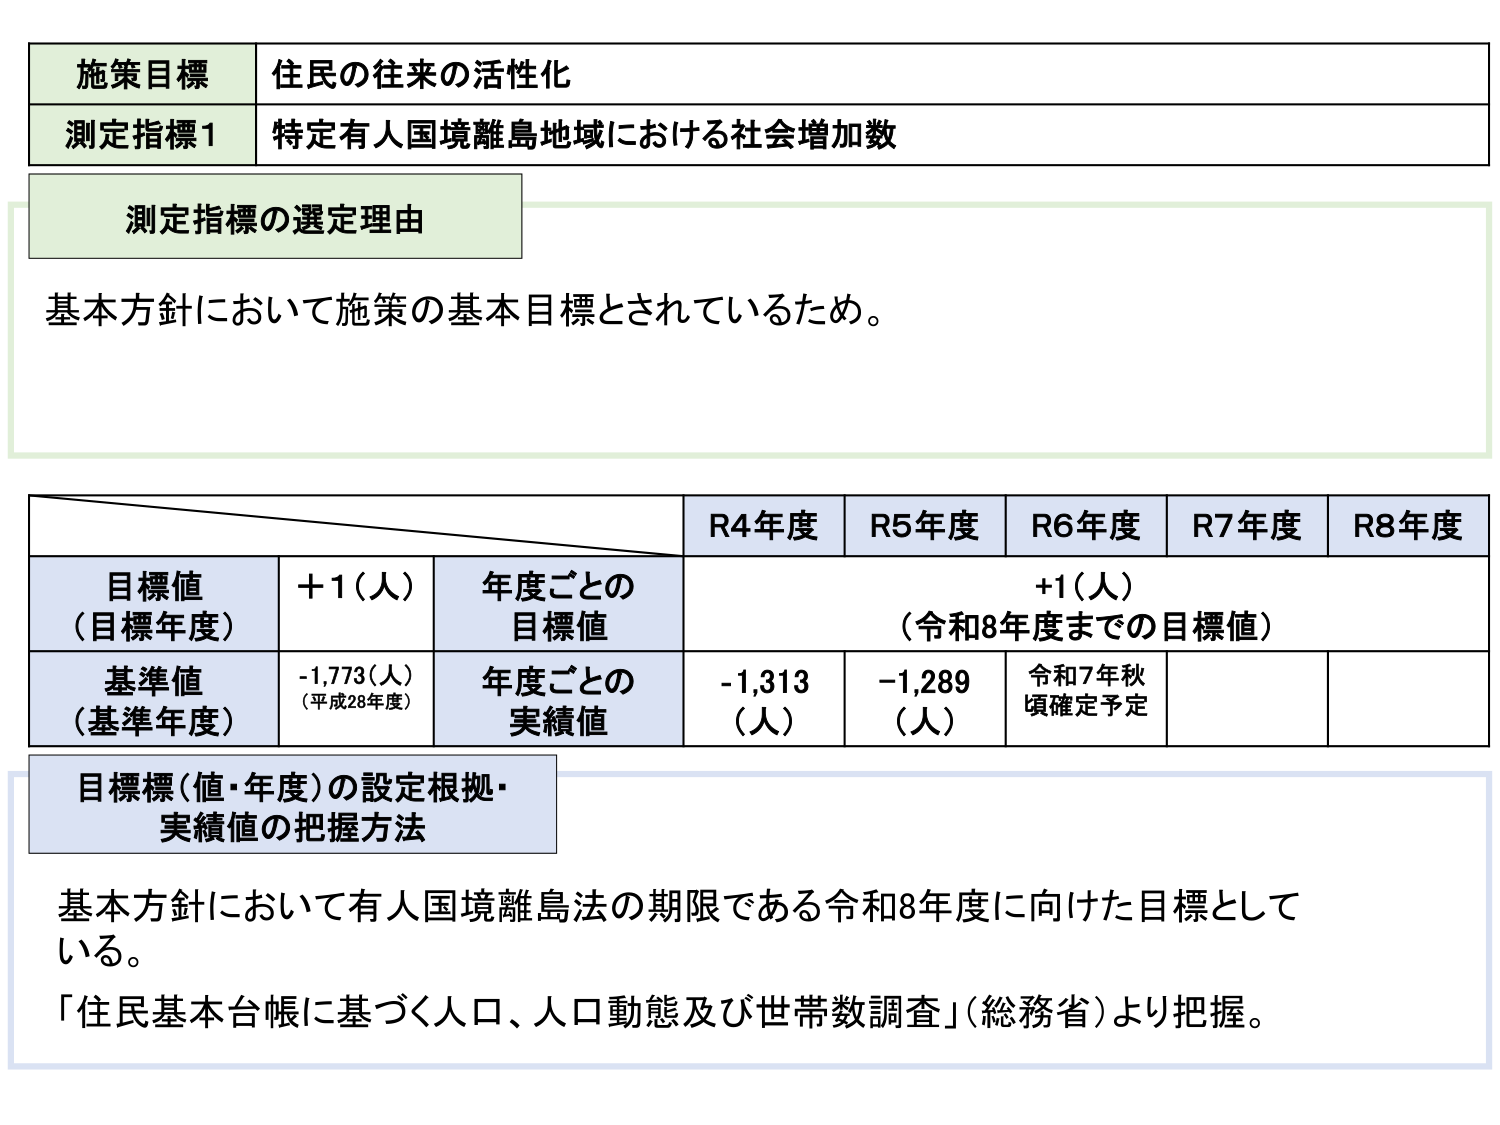
施策目標 住民の往来の活性化
測定指標1 特定有人国境離島地域における社会増加数
測定指標の選定理由
基本方針において施策の基本目標とされているため。

R4年度 R5年度 R6年度 R7年度 R8年度
目標値（目標年度） +1（人） 年度ごとの目標値 +1（人）（令和8年度までの目標値）
基準値（基準年度） -1,773（人）（平成28年度） 年度ごとの実績値 -1,313（人） -1,289（人） 令和7年秋頃確定予定

目標標（値・年度）の設定根拠・実績値の把握方法
基本方針において有人国境離島法の期限である令和8年度に向けた目標としている。
「住民基本台帳に基づく人口、人口動態及び世帯数調査」（総務省）より把握。